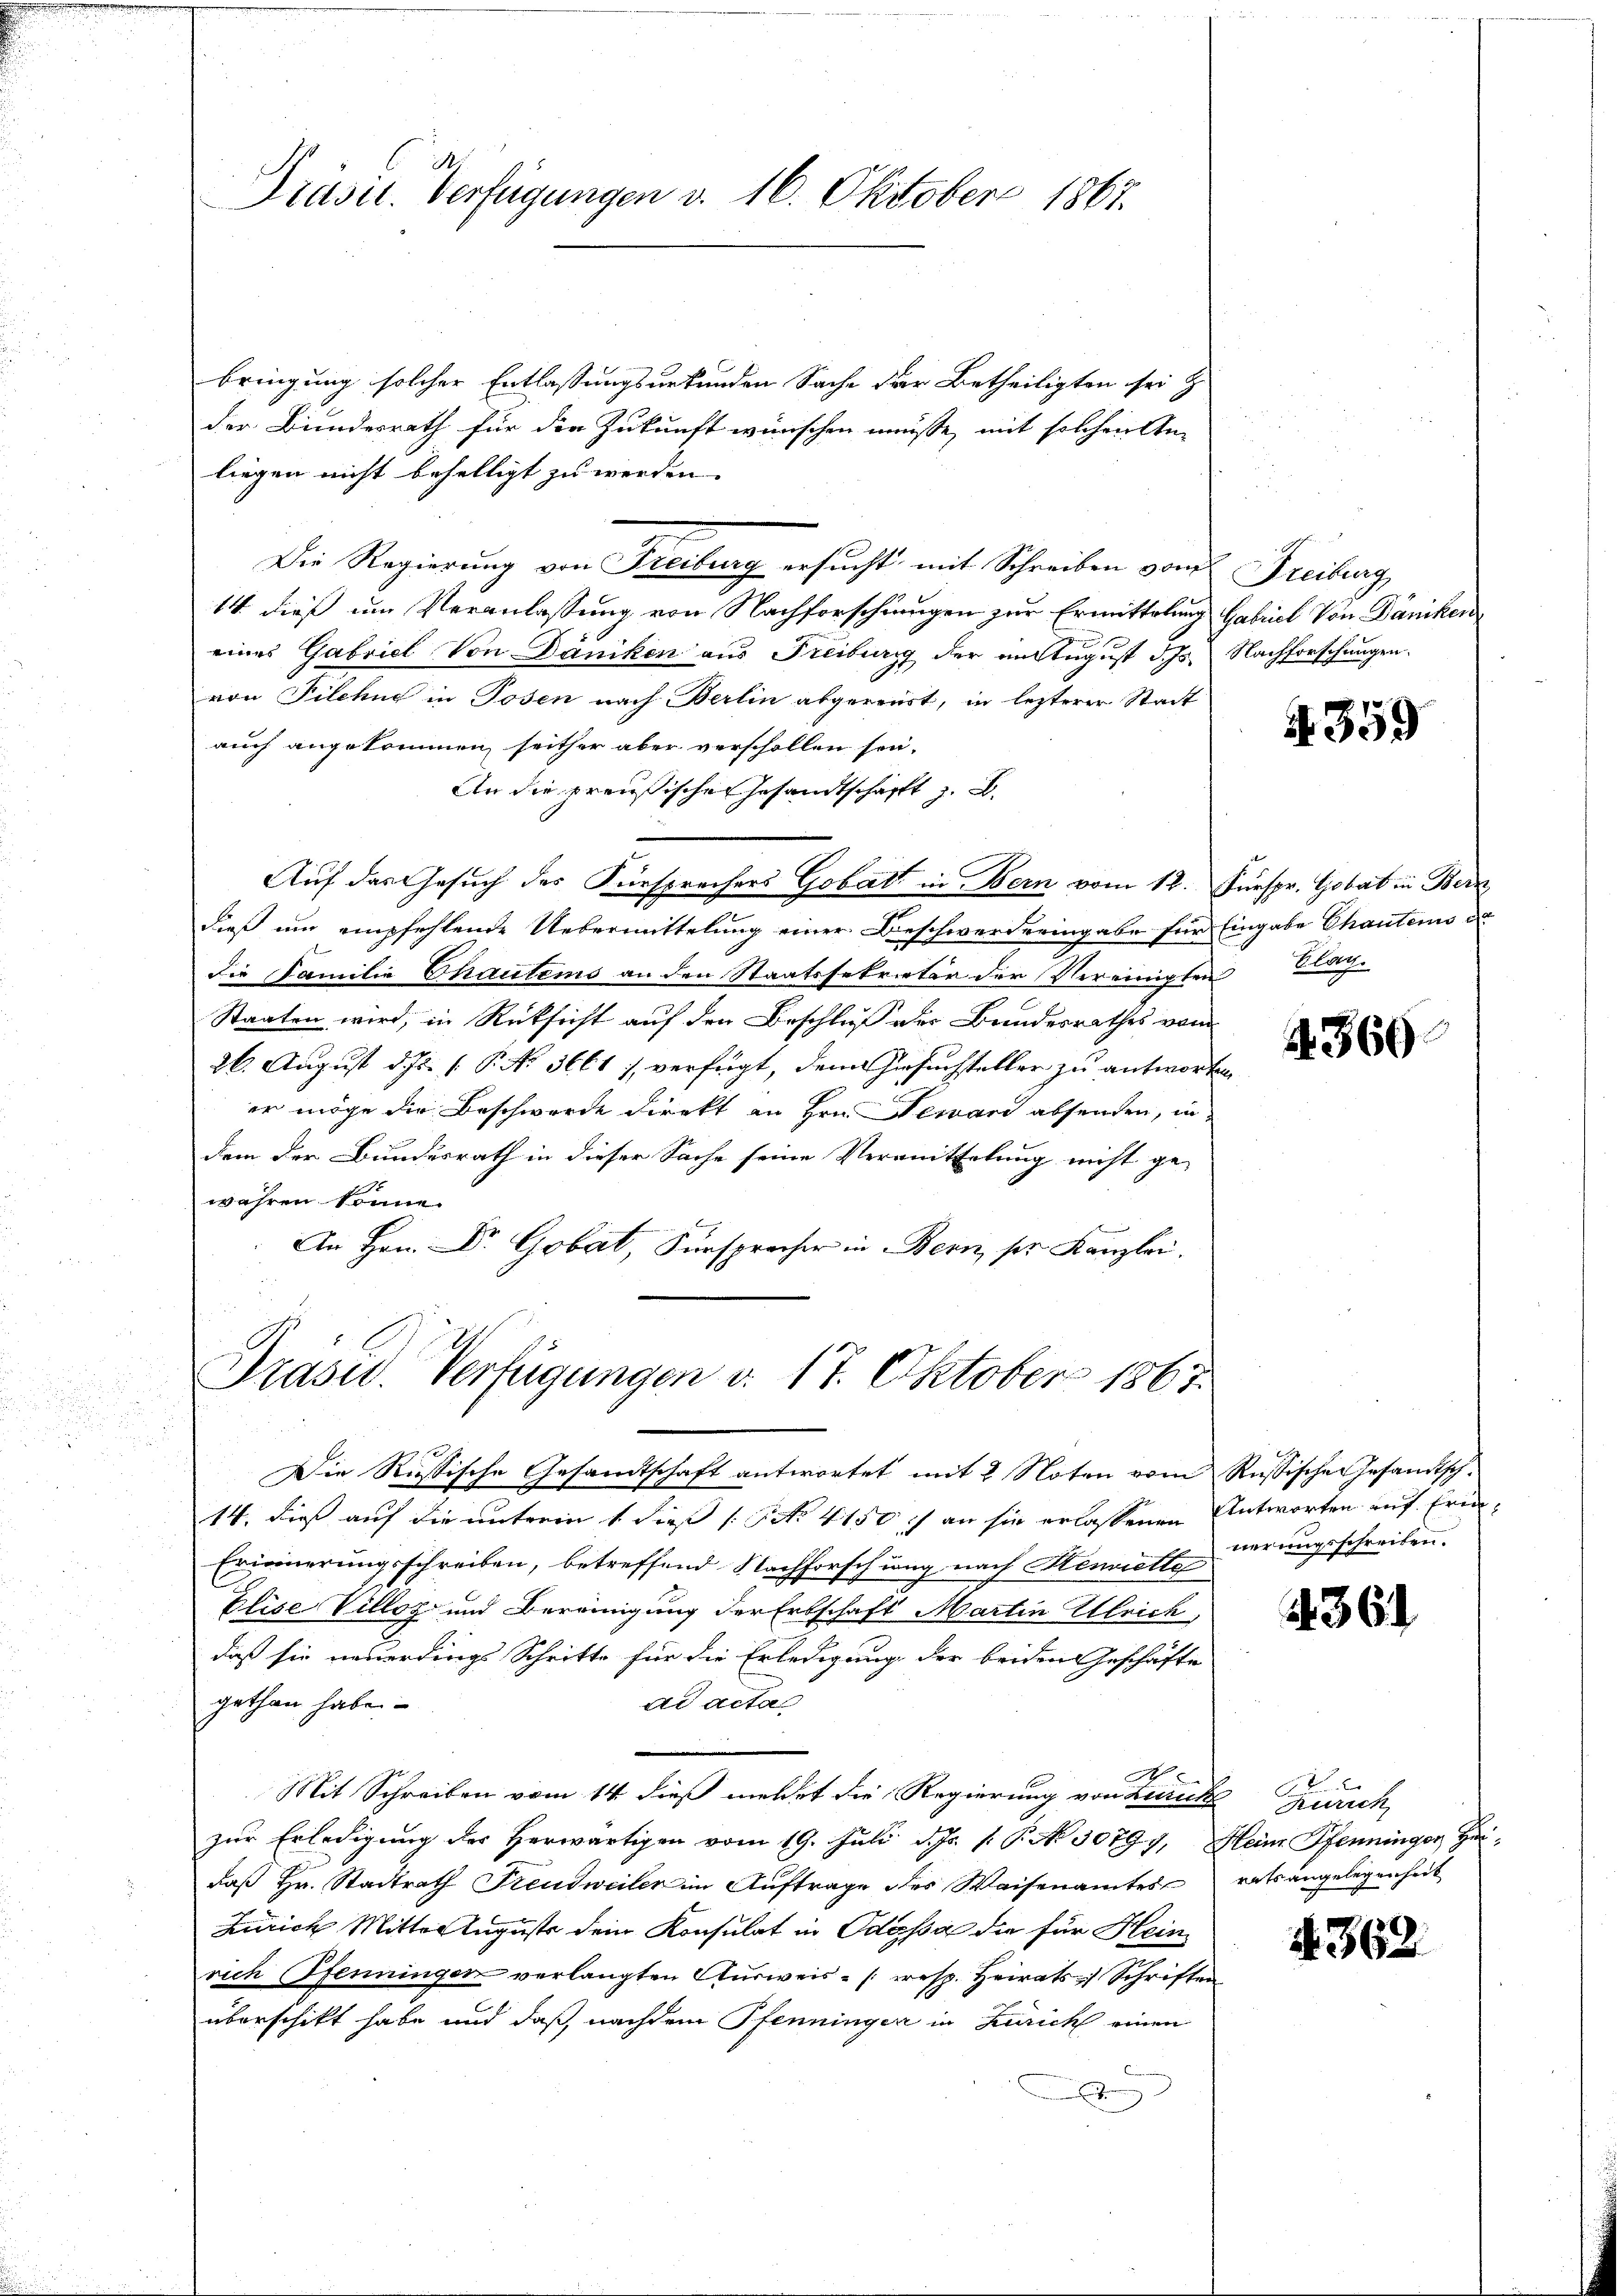
Präsur. Verfügungen v. 16. Oktober 1865.

bringung solcher Entlassungsurkunden Sache der Betheiligten sei z
der Bundesrath für die Zukunft wünschen müsse, mit solchen An-
liegen nicht behelligt zu werden.
Die Regierung von Freiburg ersucht, mit Schreiben von Freiburg,
14 dieß um Veranlassung von Nachforschingen zur Ermittelung Gabriel Von Däniken

eines Gabriel Von Däniken aus Freiburg der mit August d. Js. Nachforschungen.
von Filchue in Tosen nach Berlin abgerourt, in lezterer Stadt
auch angekommen seither aber verschollen sei.
An die preußischen Gesandtschafft z. B.
Auf das Gesuch des Fürsprechers Gobatt in Bern vom 12. Fürspr. Gobat in Bern
dieß um empfehlende Uebermittelung einer Beschwerderingabe für Eingabe Chautens de
die Familie Chautems an den Staatssekretär der Vereinigten Klag.
Staaten wird, in Rücksicht auf den Beschluß der Bundesrathes vom
26. August d. Js. (T. N. 3661 :/ verfügt, dem Gesuchsteller zu antworten
er möge die Beschwerde direkt an Hrn. Neward absenden, in
dem der Bundesrath in dieser Sache seine Vermittelung nicht ge-
währen könne.
An Hrn. Dr. Gobat, Fürsprecher in Bern, ser Kanzlei.
Präsid. Verfügungen v. 17. Oktober 1865

Die Rustische Gesandtschaft antwortet mit 2 Noten vom Russische Gesandtsch-
14. dies auf die unterm 1. dies [No 4150 :/ an sie erlassenen Antworten auf Erin¬
Erinnerungsschreiben, betreffend Nachforschung nach Henriette
Elise Villoz und Bereinigung der Erbschaft Martin Ulrich,
daß sie neuerdings Schritte für die Erledigung der beiden Geschäfte
gethan habe
ad acta
A
Mit Schreiben vom 14. dieß meldet die Regierung von Zürich Zürich,
zur Erledigung der Herwärtigen vom 19. Juli d. Js. v. P. No 30797, Heim Pfenningen Herdaß Hr. Stadtrath Freudweiler im Auftrage des Waisenamtes
Zürich Mittel August dem Konsulat in Odossa die für Heinrich Pfenningen verlangten Aŭsweis- (resp. Heirats Schriften
überschikt habe und daß, nachdem Pfenningen in Zürich einen
e

4359

A 360

werungsschreiben.

361

rats angelegenheit

§ 362